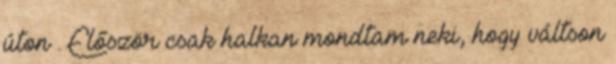
úton . Először csak halkan mondtam neki, hogy váltson